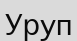
Уруп